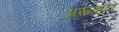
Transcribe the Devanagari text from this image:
अस्नान